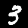
Digit: 3